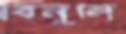
বিনুনি